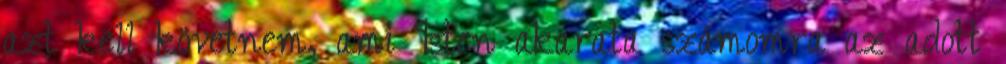
azt kell követnem, ami Isten akarata számomra az adott